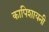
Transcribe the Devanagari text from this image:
कापिशायनी